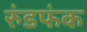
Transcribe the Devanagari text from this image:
रुंडफंक